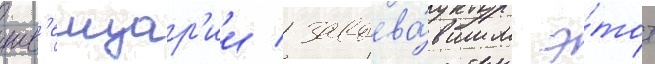
шв'еицар'ии / завоева́вшим э́тот